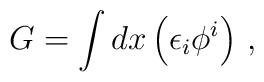
G=\int dx \left(\epsilon _i\phi ^i\right)\, ,